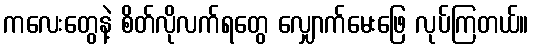
ကလေးတွေနဲ့ စိတ်လိုလက်ရတွေ လျှောက်မေးဖြေ လုပ်ကြတယ်။